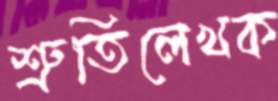
শ্রুতিলেখক